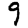
Digit: 9